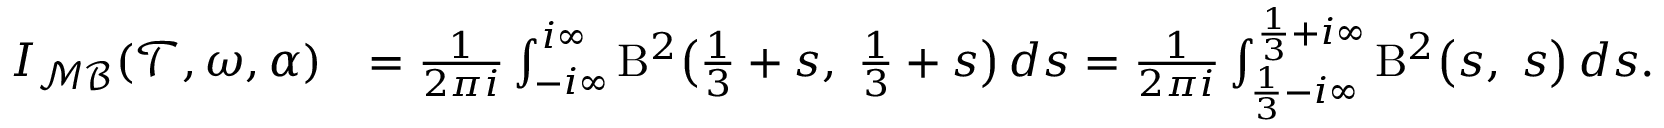
\begin{array} { r l } { I _ { \mathcal { M B } } ( \mathcal { T } , \omega , \alpha ) } & { = \frac { 1 } { 2 \pi i } \int _ { - i \infty } ^ { i \infty } \mathrm { B } ^ { 2 } \bigl ( \frac { 1 } { 3 } + s , \; \frac { 1 } { 3 } + s \bigr ) \, d s = \frac { 1 } { 2 \pi i } \int _ { \frac { 1 } { 3 } - i \infty } ^ { \frac { 1 } { 3 } + i \infty } \mathrm { B } ^ { 2 } \bigl ( s , \; s \bigr ) \, d s . } \end{array}